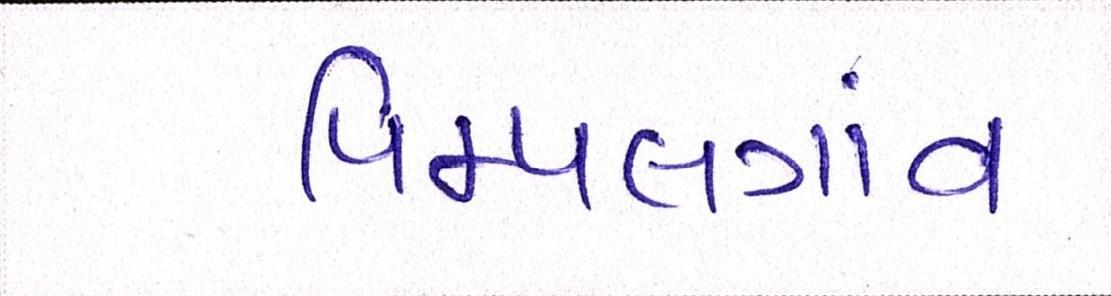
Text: પિમ્પલગાંવ